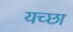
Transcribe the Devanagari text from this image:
यच्छा